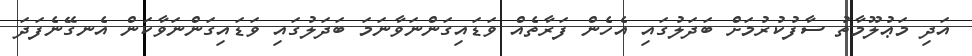
އަދި މަޢުލޫމާތު ސާފުކުރުމަށް ބަދަލުގައި އެހެން ފަރާތެއް ވަޑައިގަންނަވާނަމަ ބަދަލުގައި ވަޑައިގަންނަވާކަން އެނގޭނެފަދަ